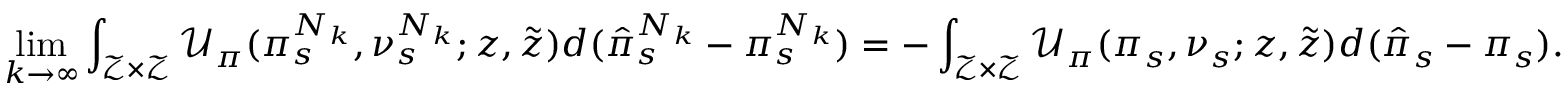
\operatorname* { l i m } _ { k \rightarrow \infty } \int _ { \mathcal { Z } \times \mathcal { Z } } \mathcal { U } _ { \pi } ( \pi _ { s } ^ { N _ { k } } , \nu _ { s } ^ { N _ { k } } ; z , \tilde { z } ) d ( \hat { \pi } _ { s } ^ { N _ { k } } - \pi _ { s } ^ { N _ { k } } ) = - \int _ { \mathcal { Z } \times \mathcal { Z } } \mathcal { U } _ { \pi } ( \pi _ { s } , \nu _ { s } ; z , \tilde { z } ) d ( \hat { \pi } _ { s } - \pi _ { s } ) .